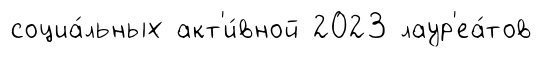
социа́льных акт'и́вной 2023 лаур'еа́тов